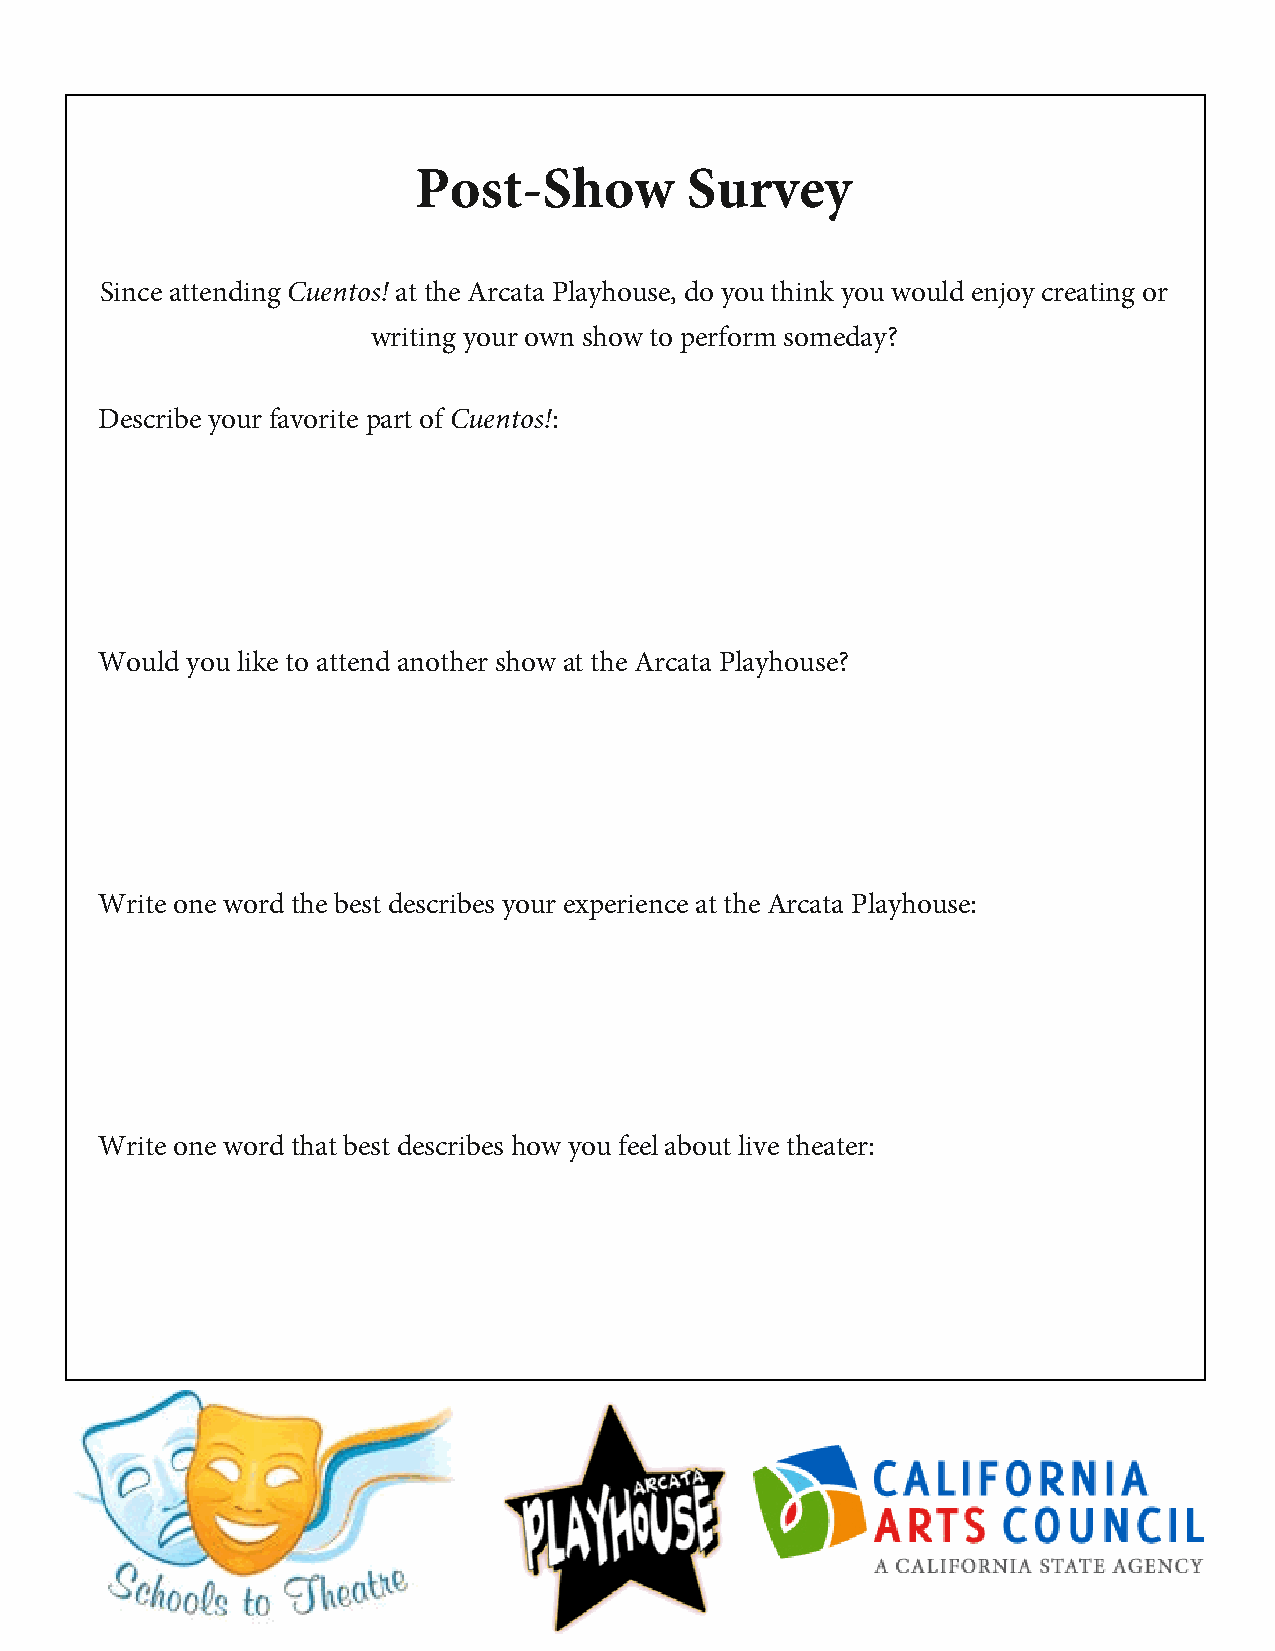
P  ost-Show       Survey
 Since attending Cuentos! at the Arcata Playhouse, do you think you would enjoy creating or
 writing your own show to perform someday?
 Describe your favorite part of Cuentos!:
 Would you like to attend another show at the Arcata Playhouse?
 Write one word the best describes your experience at the Arcata Playhouse:
 Write one word that best describes how you feel about live theater: